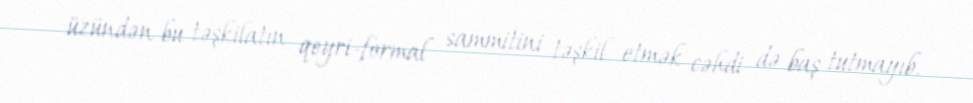
üzündən bu təşkilatın qeyri-formal sammitini təşkil etmək cəhdi də baş tutmayıb.